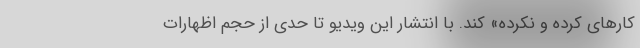
کارهای کرده و نکرده» کند. با انتشار این ویدیو تا حدی از حجم اظهارات